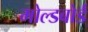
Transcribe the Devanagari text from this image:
मोल्डबोर्ड